Report on vaccination in Madras 1895-1903 - 1895-1903
Year: 1895
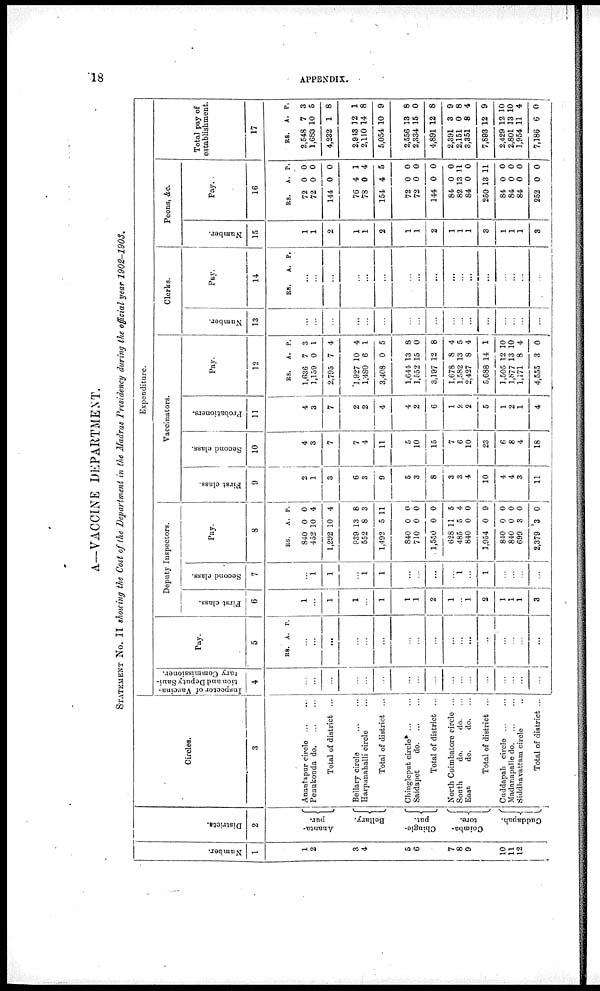
18
APPENDIX.
A—VACCINE DEPARTMENT.
STATEMENT NO. II showing the Cost of the Department in the Madras Presidency during the official year 1902-1903.
Number.
1
1
2
3
4
5
6
7
8
9
10
11
12
Districts.
2
Ananta¬
pur.
Bellary.
Chingle¬
put.
Coimba¬
tore.
Cuddapah.
Circles.
3
Anantapur circle ... ...
Penukonda do
...
...
Total of district ...
Bellary circle
...
...
Harpanahalli circle ...
Total of district ...
Chingleput circle ...
Saidapet
do
...
...
Total of district ...
North Coimbatore circle ...
South
do.
do. ...
East
do.
do. ...
Total of district ...
Cuddapah circle
...
...
Madanapalle do. ... ...
Siddhavattam circle ...
Total of district ...
Expenditure.
Inspector of Vaccina-
tion and Deputy Sani-
tary Commissioner.
4
...
...
...
...
...
...
...
...
...
...
...
...
...
...
...
...
...
Pay.
5
RS. A. P.
...
...
...
...
...
...
...
...
...
...
...
...
...
...
...
...
...
Deputy Inspectors.
First class.
6
...
...
...
...
...
...
...
...
...
...
...
...
...
...
...
...
3
Second class.
7
...
1
1
...
1
1
...
...
...
...
1
...
1
...
...
...
...
Pay.
8
RS.
840
452
1,292
839
552
1,492
840
710
1,550
628
485
840
1,954
840
840
699
2,379
A.
0
10
10
13
8
5
0
0
0
11
5
0
0
0
0
3
3
P.
0
4
4
8
3
11
0
0
0
5
4
0
9
0
0
0
0
Vaccinators.
First class.
9
2
1
3
6
3
9
5
3
8
3
3
4
10
4
4
3
11
Second class.
10
4
3
7
7
4
11
5
10
15
7
6
10
23
6
8
4
18
Probationers.
11
4
3
7
2
2
4
4
2
6
1
2
2
5
1
2
1
4
Pay.
12
RS.
1,636
1,159
2,795
1,927
1,480
3,408
1,644
1,552
3,197
1,678
1,582
2,427
5,688
1,505
1,877
1,171
4,555
A.
7
0
7
10
6
0
13
15
12
8
13
8
14
12
13
8
3
P.
3
1
4
4
1
5
8
0
8
4
5
4
1
10
10
4
0
Clerks.
Number.
13
...
...
...
...
...
...
...
...
...
...
...
...
...
...
...
...
...
Pay.
14
RS.
A. P.
...
...
...
...
...
...
...
...
...
...
...
...
...
...
...
...
...
Peons, &c.
Number.
15
1
1
2
1
1
2
1
1
2
1
1
1
3
1
1
1
3
Pay.
16
RS.
72
72
144
76
78
154
72
72
144
84
82
84
250
84
84
84
252
A.
0
0
0
4
0
4
0
0
0
0
13
0
13
0
0
0
0
P.
0
0
0
1
4
5
0
0
0
0
11
0
11
0
0
0
0
Total pay of
establishment.
17
RS.
2,548
1,683
4,232
2,913
2,110
5,054
2,556
2,334
4,891
2,391
2,151
3,351
7,893
2,429
2,801
1,954
7,186
A.
7
10
1
12
14
10
13
15
12
3
0
8
12
12
13
11
6
P.
3
5
8
1
8
9
8
0
8
9
8
4
9
10
10
4
0